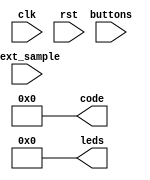
module sq_wave_gen #(
    parameter STEP = 10
)(
    input clk,
    input rst,
    input next_sample,
    input [2:0] buttons,
    output [9:0] code,
    output [3:0] leds
);
    assign code = 0;
    assign leds = 0;
endmodule